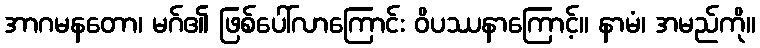
အာဂမနတော၊ မဂ်၏ ဖြစ်ပေါ်လာကြောင်း ဝိပဿနာကြောင့်။ နာမံ၊ အမည်ကို။